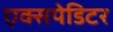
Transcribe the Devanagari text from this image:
एक्सपेडिटर